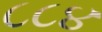
૮૮૪